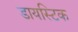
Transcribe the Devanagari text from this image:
डायस्टिक